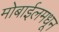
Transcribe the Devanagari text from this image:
मोबाईलमधून